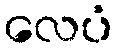
လေပံ